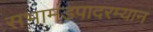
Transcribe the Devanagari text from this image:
सभामंडपादरम्यान